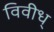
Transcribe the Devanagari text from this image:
विवीध्